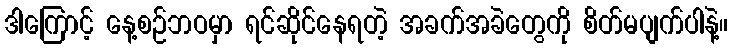
ဒါကြောင့် နေ့စဉ်ဘဝမှာ ရင်ဆိုင်နေရတဲ့ အခက်အခဲတွေကို စိတ်မပျက်ပါနဲ့။